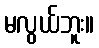
မလွယ်ဘူး။